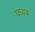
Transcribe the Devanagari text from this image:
घायब